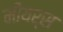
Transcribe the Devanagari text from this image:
मीयर्स